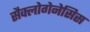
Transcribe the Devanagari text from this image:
सैक्लोगेनेसिस